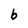
Character: b